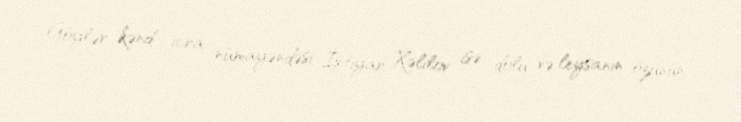
Göylər kənd icra nümayəndəsi İxtiyar Xəlilov isə dolu və leysanın özünün